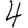
Digit: 4